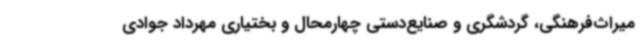
میراث‌فرهنگی، گردشگری و صنایع‌دستی چهارمحال و بختیاری مهرداد جوادی